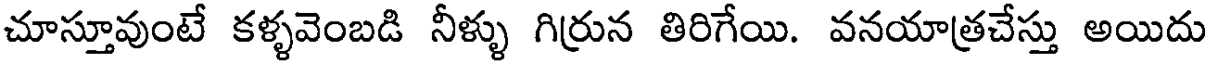
చూస్తూవుంటే కళ్ళవెంబడి నీళ్ళు గిర్రున తిరిగేయి. వనయాత్రచేస్తు అయిదు